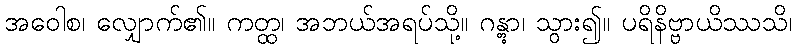
အဝေါစ၊ လျှောက်၏။ ကတ္ထ၊ အဘယ်အရပ်သို့။ ဂန္တွာ၊ သွား၍။ ပရိနိဗ္ဗာယိဿသိ၊